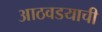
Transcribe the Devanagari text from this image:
आठवडयाची